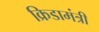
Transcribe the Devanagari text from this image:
क्रिडामंत्री